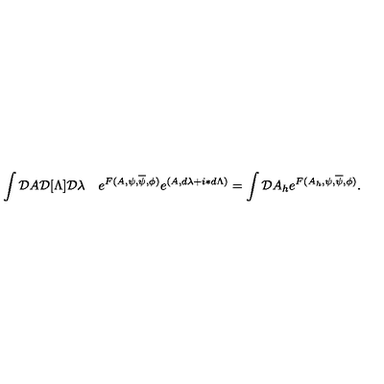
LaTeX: \int { \cal D } A { \cal D } [ \Lambda ] { \cal D } \lambda \quad e ^ { F ( A , \psi , \overline { \psi } , \phi ) } e ^ { ( A , d \lambda + i \ast d \Lambda ) } = \int { \cal D } A _ { h } e ^ { F ( A _ { h } , \psi , \overline { \psi } , \phi ) } .